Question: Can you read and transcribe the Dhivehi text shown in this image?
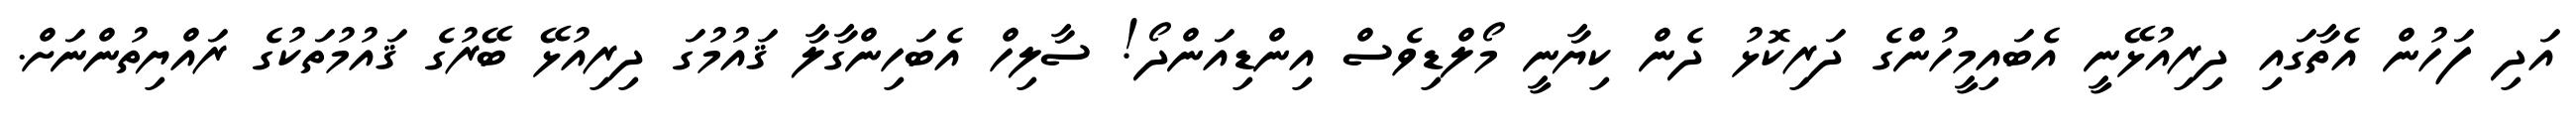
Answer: އަދި ފަހުން އެތާގައި ދިރިއުޅޭނީ އެބައިމީހުންގެ ދަރިކޮޅު ދެން ކިޔާނީ މޯލްޑިވެސް އިންޑިއަންދޯ! ސާލިހް އެބަހިންގާލާ ޤައުމުގަ ދިރިއުޅޭ ބޭރުގެ ޤައުމުތަކުގެ ރައްޔިތުންނަށް.